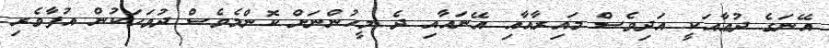
އޭނަގެ ދުޢާއަކީ އަދިވެސް މައިރާއާއި އޭނައާއި ދެ މީހުންނަށް ކޮންމެވެސް ދުވަހަކުން އުފާވެރި